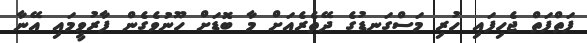
ފަތްފަތް ޖެހިފައި ހުރި މަސްގަނޑުގެ ދޭތެރެއަށް މާ ބޮޑަށް ހޫނުވެގެން ފާރުވީމައި އޭނާ